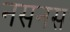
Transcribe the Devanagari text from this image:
नसनस